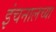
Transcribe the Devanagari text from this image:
इंचनालच्या